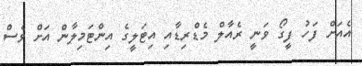
އެއަށް ފަހު ފީގޯ ވަނީ ރެއާލް މެޑްރިޑާއި އިޓަލީގެ އިންޓަމިލާން އަށް ވެސް